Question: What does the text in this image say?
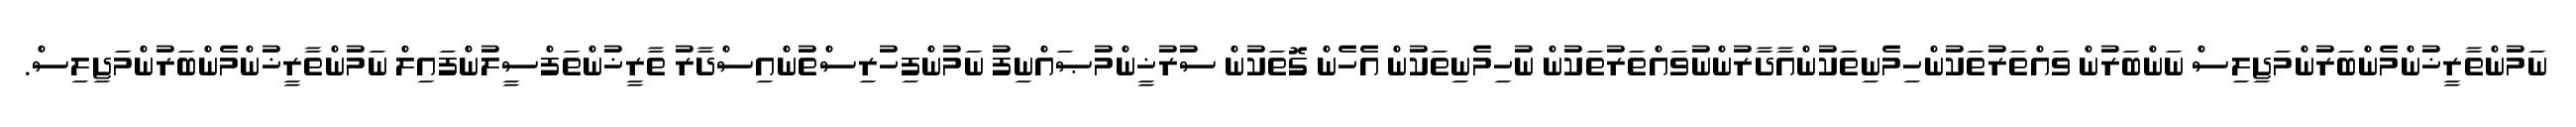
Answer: ނަމުންތާރީޚުންމެންބަރުންމަޖިލިސް ނަންބަރުން ވައްތަރުތަކުންހިމެނިތަކުންއާދާރުންނުވައްތަރުތަކުން ނުހިމެނިތަކުން އެހެން ގޮތަކުން ސުރުޚީންމުޞައްނިފު ނަމުންފިހުރިސްތުންއިސްދާރު ތާރީޚުންތަފްސީލުންފައިލް ނަމުންތާރީޚުންމެންބަރުންމަޖިލިސް.